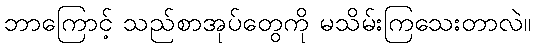
ဘာကြောင့် သည်စာအုပ်တွေကို မသိမ်းကြသေးတာလဲ။